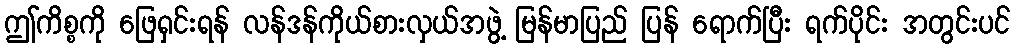
ဤကိစ္စကို ဖြေရှင်းရန် လန်ဒန်ကိုယ်စားလှယ်အဖွဲ့ မြန်မာပြည် ပြန် ရောက်ပြီး ရက်ပိုင်း အတွင်းပင်